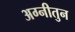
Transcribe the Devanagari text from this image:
अग्नीतुन